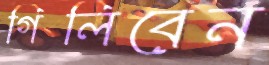
গিলিবেন